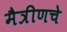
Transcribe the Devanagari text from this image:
मैत्रीणचे